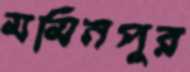
মমিনপুর